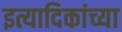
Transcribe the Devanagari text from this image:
इत्यादिकांच्या